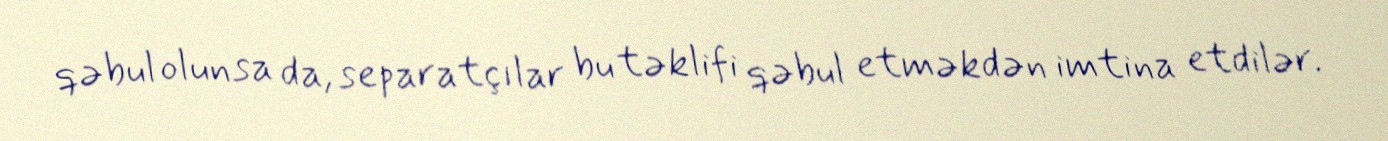
qəbul olunsa da, separatçılar bu təklifi qəbul etməkdən imtina etdilər.